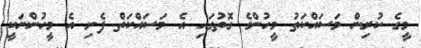
މީގެ ކުރިން މަސައްކަތު މީހުންގެ ގޮތުގައި އެ މަސައްކަތް ފެށި އެ މީހުންނަކީ